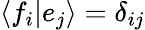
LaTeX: \langle f_{i}|e_{j}\rangle=\delta_{ij}